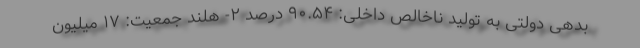
بدهی دولتی به تولید ناخالص داخلی: ۹۰.۵۴ درصد ۲- هلند جمعیت: ۱۷ میلیون